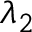
\lambda _ { 2 }